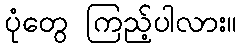
ပုံတွေ ကြည့်ပါလား။